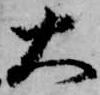
大